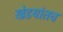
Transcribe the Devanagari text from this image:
खेडयांतच